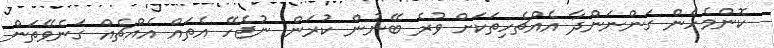
ކޮންމެހެން ގަންނަންދާ އެއްޗެހިތަކަށް ވުރެ ބޭނުން ކުރަން ނުޖެހޭ އެތައް އެއްޗެއް ގަނެވޭތަން